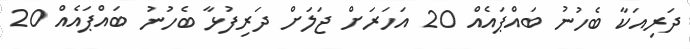
ދަރިއަކާ ބެހުނު ބައްޕައެއް 20 އަހަރަށް ޖަލަށް ދަރިފުޅާ ބެހުނު ބައްޕައެއް 20